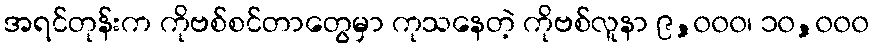
အရင်တုန်းက ကိုဗစ်စင်တာတွေမှာ ကုသနေတဲ့ ကိုဗစ်လူနာ ၉,၀၀၀၊ ၁၀,၀၀၀